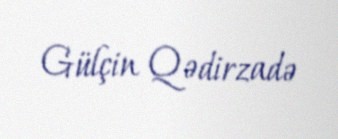
Gülçin Qədirzadə